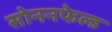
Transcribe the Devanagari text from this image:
सोननफेल्ड